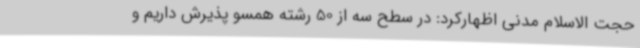
حجت الاسلام مدنی اظهارکرد: در سطح سه از 50 رشته همسو پذیرش داریم و